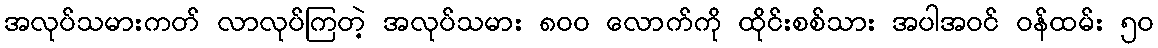
အလုပ်သမားကတ် လာလုပ်ကြတဲ့ အလုပ်သမား ၈၀၀ လောက်ကို ထိုင်းစစ်သား အပါအဝင် ဝန်ထမ်း ၅၀